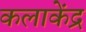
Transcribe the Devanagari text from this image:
कलाकेंद्र